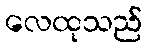
လေထုသည်